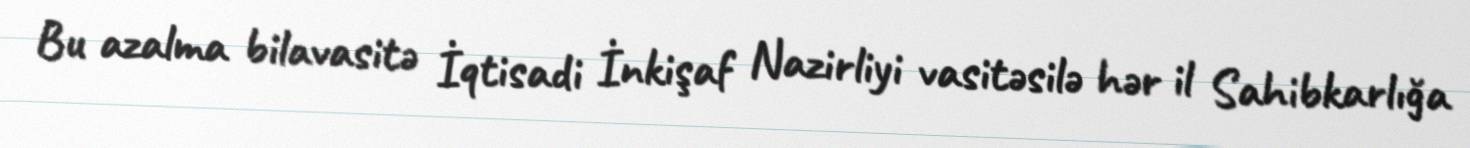
Bu azalma bilavasitə İqtisadi İnkişaf Nazirliyi vasitəsilə hər il Sahibkarlığa